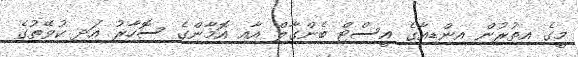
މީގެ އިތުރުން އިންޑިއާގެ އީސްޓް ބެންގާލް އާއި އޮމާންގެ ސޮހާރު އަދި ކުވޭތުގެ